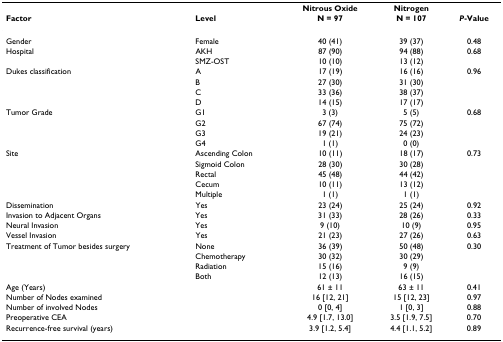
<table><thead><tr><td></td><td></td><td><b>Nitrous Oxide</b></td><td><b>Nitrogen</b></td><td></td></tr><tr><td><b>Factor</b></td><td><b>Level</b></td><td><b>N = 97</b></td><td><b>N = 107</b></td><td><b><i>P</i>-Value</b></td></tr></thead><tbody><tr><td>Gender</td><td>Female</td><td>40 (41)</td><td>39 (37)</td><td>0.48</td></tr><tr><td>Hospital</td><td>AKH</td><td>87 (90)</td><td>94 (88)</td><td>0.68</td></tr><tr><td></td><td>SMZ-OST</td><td>10 (10)</td><td>13 (12)</td><td></td></tr><tr><td>Dukes classification</td><td>A</td><td>17 (19)</td><td>16 (16)</td><td>0.96</td></tr><tr><td></td><td>B</td><td>27 (30)</td><td>31 (30)</td><td></td></tr><tr><td></td><td>C</td><td>33 (36)</td><td>38 (37)</td><td></td></tr><tr><td></td><td>D</td><td>14 (15)</td><td>17 (17)</td><td></td></tr><tr><td>Tumor Grade</td><td>G1</td><td>3 (3)</td><td>5 (5)</td><td>0.68</td></tr><tr><td></td><td>G2</td><td>67 (74)</td><td>75 (72)</td><td></td></tr><tr><td></td><td>G3</td><td>19 (21)</td><td>24 (23)</td><td></td></tr><tr><td></td><td>G4</td><td>1 (1)</td><td>0 (0)</td><td></td></tr><tr><td>Site</td><td>Ascending Colon</td><td>10 (11)</td><td>18 (17)</td><td>0.73</td></tr><tr><td></td><td>Sigmoid Colon</td><td>28 (30)</td><td>30 (28)</td><td></td></tr><tr><td></td><td>Rectal</td><td>45 (48)</td><td>44 (42)</td><td></td></tr><tr><td></td><td>Cecum</td><td>10 (11)</td><td>13 (12)</td><td></td></tr><tr><td></td><td>Multiple</td><td>1 (1)</td><td>1 (1)</td><td></td></tr><tr><td>Dissemination</td><td>Yes</td><td>23 (24)</td><td>25 (24)</td><td>0.92</td></tr><tr><td>Invasion to Adjacent Organs</td><td>Yes</td><td>31 (33)</td><td>28 (26)</td><td>0.33</td></tr><tr><td>Neural Invasion</td><td>Yes</td><td>9 (10)</td><td>10 (9)</td><td>0.95</td></tr><tr><td>Vessel Invasion</td><td>Yes</td><td>21 (23)</td><td>27 (26)</td><td>0.63</td></tr><tr><td>Treatment of Tumor besides surgery</td><td>None</td><td>36 (39)</td><td>50 (48)</td><td>0.30</td></tr><tr><td></td><td>Chemotherapy</td><td>30 (32)</td><td>30 (29)</td><td></td></tr><tr><td></td><td>Radiation</td><td>15 (16)</td><td>9 (9)</td><td></td></tr><tr><td></td><td>Both</td><td>12 (13)</td><td>16 (15)</td><td></td></tr><tr><td>Age (Years)</td><td></td><td>61 ± 11</td><td>63 ± 11</td><td>0.41</td></tr><tr><td>Number of Nodes examined</td><td></td><td>16 [12, 21]</td><td>15 [12, 23]</td><td>0.97</td></tr><tr><td>Number of involved Nodes</td><td></td><td>0 [0, 4]</td><td>1 [0, 3]</td><td>0.88</td></tr><tr><td>Preoperative CEA</td><td></td><td>4.9 [1.7, 13.0]</td><td>3.5 [1.9, 7.5]</td><td>0.70</td></tr><tr><td>Recurrence-free survival (years)</td><td></td><td>3.9 [1.2, 5.4]</td><td>4.4 [1.1, 5.2]</td><td>0.89</td></tr></tbody></table>